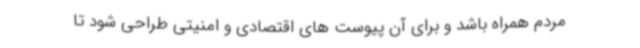
مردم همراه باشد و برای آن پیوست های اقتصادی و امنیتی طراحی شود تا